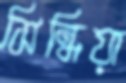
সিন্ধিয়া